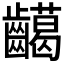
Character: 𪙰